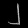
Digit: ၂